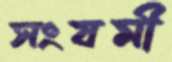
সংযমী